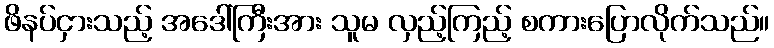
ဖိနပ်ငှားသည့် အဒေါ်ကြီးအား သူမ လှည့်ကြည့် စကားပြောလိုက်သည်။